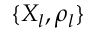
\{ X _ { l } , \rho _ { l } \}